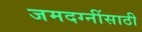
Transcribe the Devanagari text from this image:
जमदग्नींसाठी